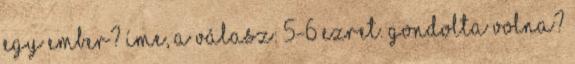
egy ember? Íme, a válasz: 5-6 ezret. Gondolta volna?